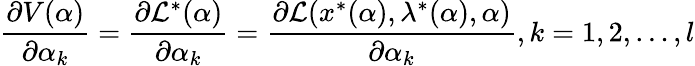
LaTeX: {\frac{\partial V(\alpha)}{\partial\alpha_{k}}}={\frac{\partial{\mathcal{L}}^{\ast}(\alpha)}{\partial\alpha_{k}}}={\frac{\partial{\mathcal{L}}(x^{\ast}(\alpha),\lambda^{\ast}(\alpha),\alpha)}{\partial\alpha_{k}}},k=1,2,\ldots,l